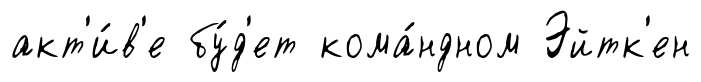
акт'и́в'е бу́д'ет кома́ндном Эйтк'ен